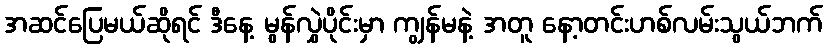
အဆင်ပြေမယ်ဆိုရင် ဒီနေ့ မွန်လွှဲပိုင်းမှာ ကျွန်မနဲ့ အတူ နော့တင်းဟစ်လမ်းသွယ်ဘက်